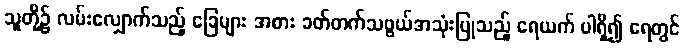
သူတို့၌ လမ်းလျှောက်သည့် ခြေများ အစား ခတ်တက်သဖွယ်အသုံးပြုသည့် ရေယက် ပါရှိ၍ ရေတွင်